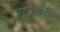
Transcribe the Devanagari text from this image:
सुदार्मन